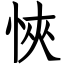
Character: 悏